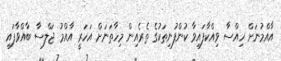
އާއްމުނަށް ހިއްސާ ވިއްކާފައިވާ ކުންފުނިތަކުގެ ތެރެއިން މިހާތަނަށް އަހަރީ އާއްމު ޖަލްސާ ބާއްވާފައި